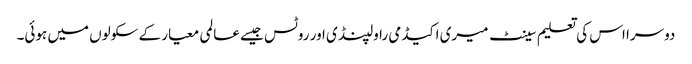
دوسرا اس کی تعلیم سینٹ میری اکیڈمی راولپنڈی اور روٹس جیسے عالمی معیار کے سکولوں میں ہوئی۔